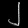
Digit: ၂